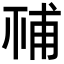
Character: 𥙳